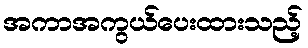
အကာအကွယ်ပေးထားသည့်